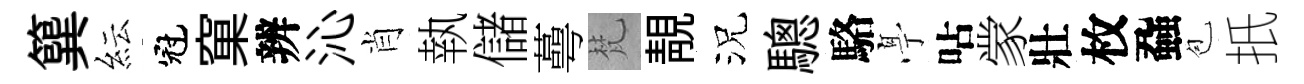
簨紜冠窠辨沁肖執儲蕚梵靚況驄駱𠅘呫䝉壯枚蝨苞扺